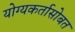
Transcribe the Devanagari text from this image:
योग्यकर्तासोबत